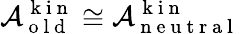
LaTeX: \mathcal{A}_{\mathrm{~o~l~d~}}^{\mathrm{~k~i~n~}}\cong\mathcal{A}_{\mathrm{~n~e~u~t~r~a~l~}}^{\mathrm{~k~i~n~}}